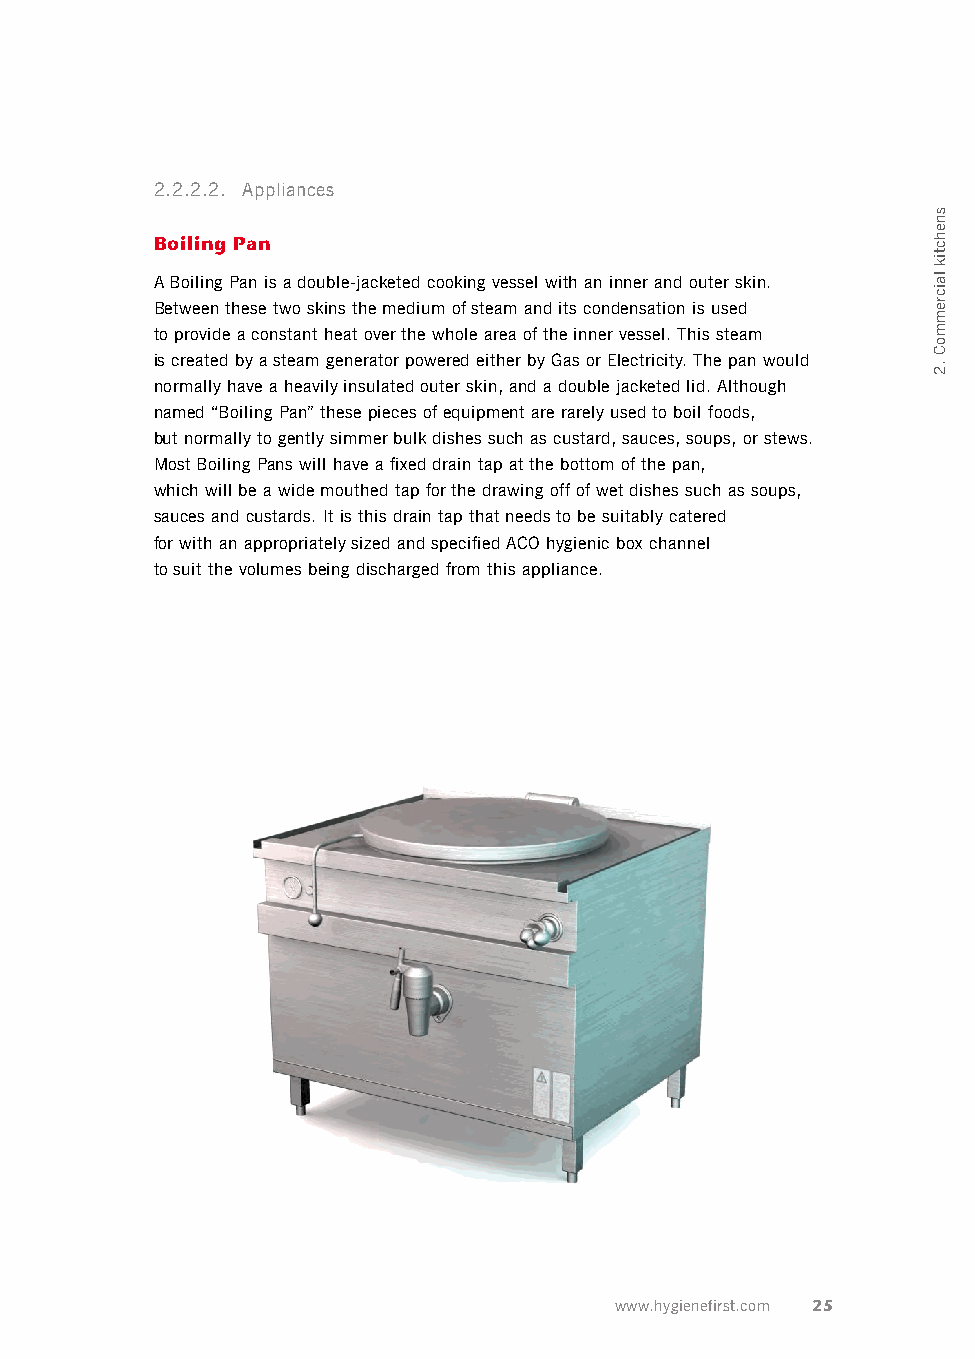
2.2.2.2. Appliances
 Boiling Pan
 A Boiling Pan is a double-jacketed cooking vessel with an inner and outer skin.
 Between these two skins the medium of steam and its condensation is used
 to provide a constant heat over the whole area of the inner vessel. This steam
 is created by a steam generator powered either by Gas or Electricity. The pan would
 normally have a heavily insulated outer skin, and a double jacketed lid. Although
 named “Boiling Pan” these pieces of equipment are rarely used to boil foods,
 but normally to gently simmer bulk dishes such as custard, sauces, soups, or stews.
 Most Boiling Pans will have a fixed drain tap at the bottom of the pan,
 which will be a wide mouthed tap for the drawing off of wet dishes such as soups,
 sauces and custards. It is this drain tap that needs to be suitably catered
 for with an appropriately sized and specified ACO hygienic box channel
 to suit the volumes being discharged from this appliance.
 www.hygienefirst.com 25
 snehctik
 laicremmoC
 .2